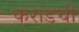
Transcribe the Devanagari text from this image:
कराडची